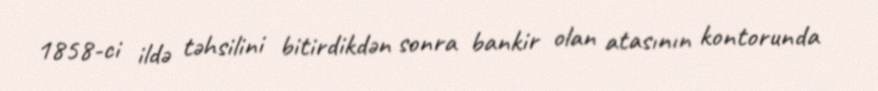
1858-ci ildə təhsilini bitirdikdən sonra bankir olan atasının kontorunda